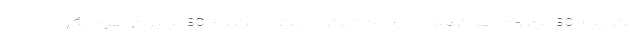
بگوییم 30میلیون نفر گرفته‌اند و یک تلاش دیگری بکنیم 30میلیون نفر دیگر